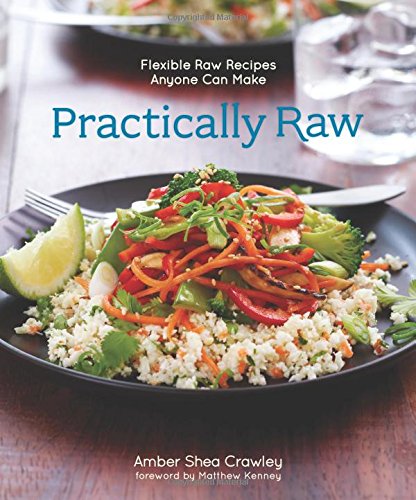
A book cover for Practically Raw: Flexible Raw Recipes Anyone Can Make; Amber Shea Crawley; Cookbooks, Food & Wine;